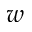
_ w